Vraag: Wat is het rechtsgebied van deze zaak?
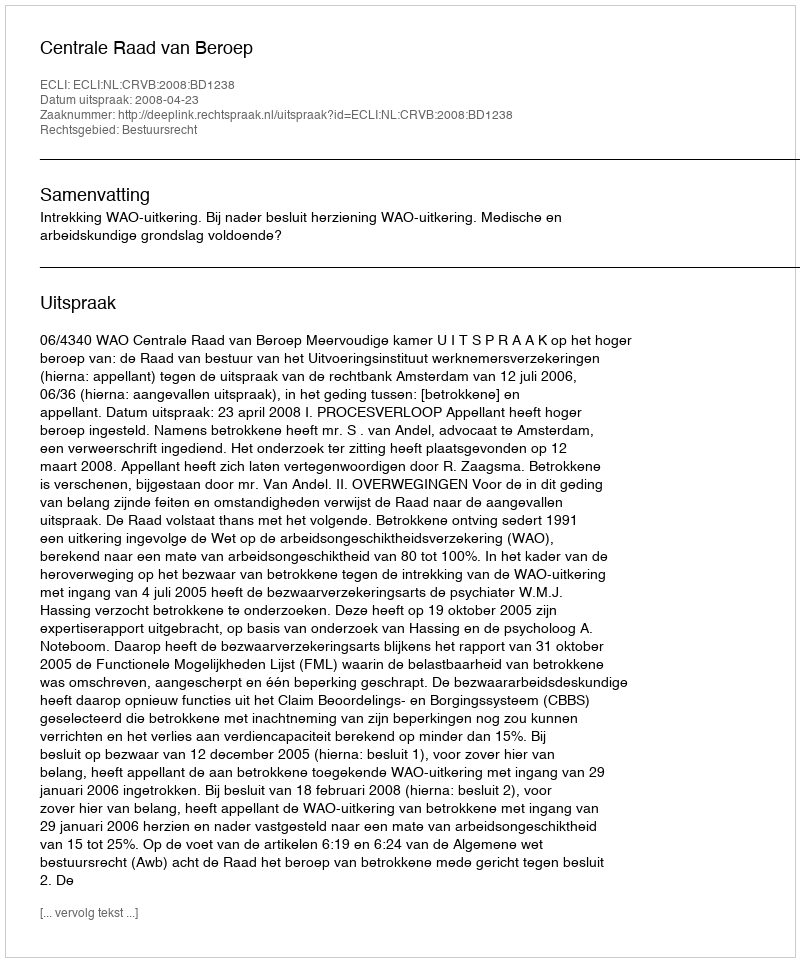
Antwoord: Bestuursrecht